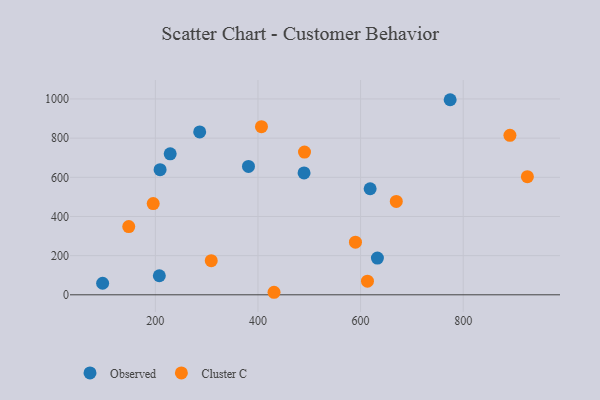
{"axis": {"x": "Investment", "y": "Yield"}, "legend": ["Cluster C", "Observed"], "data": [{"x": "632.8", "y": 187.3, "type": "Observed"}, {"x": "228.9", "y": 720.0, "type": "Observed"}, {"x": "97.2", "y": 58.9, "type": "Observed"}, {"x": "286.4", "y": 831.8, "type": "Observed"}, {"x": "209.2", "y": 639.1, "type": "Observed"}, {"x": "381.5", "y": 655.6, "type": "Observed"}, {"x": "618.6", "y": 541.6, "type": "Observed"}, {"x": "489.8", "y": 622.2, "type": "Observed"}, {"x": "207.7", "y": 97.3, "type": "Observed"}, {"x": "774.6", "y": 996.1, "type": "Observed"}, {"x": "613.4", "y": 69.4, "type": "Cluster C"}, {"x": "195.8", "y": 465.9, "type": "Cluster C"}, {"x": "891.1", "y": 814.1, "type": "Cluster C"}, {"x": "148.1", "y": 348.3, "type": "Cluster C"}, {"x": "925.1", "y": 603.0, "type": "Cluster C"}, {"x": "490.7", "y": 728.7, "type": "Cluster C"}, {"x": "431.3", "y": 12.9, "type": "Cluster C"}, {"x": "669.6", "y": 476.9, "type": "Cluster C"}, {"x": "406.8", "y": 858.6, "type": "Cluster C"}, {"x": "590.0", "y": 268.8, "type": "Cluster C"}, {"x": "308.9", "y": 174.4, "type": "Cluster C"}]}